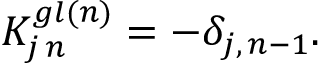
K _ { j \, n } ^ { g l ( n ) } = - \delta _ { j , \, n - 1 } .